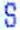
S